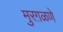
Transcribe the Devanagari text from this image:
मुरग़ळणे